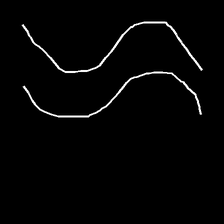
Glyph: float